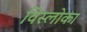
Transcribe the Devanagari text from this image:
विस्लोका